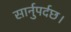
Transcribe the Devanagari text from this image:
सार्नुपर्दछ।